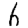
Digit: 6